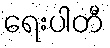
ရေးပါတီ